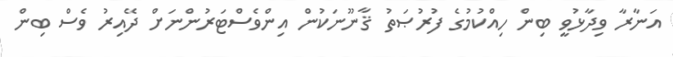
އަނާރާ ވިދާޅުވީ ބިން ހިއްކުމުގެ ފުރުޞަތު ޤާނޫނަކުން އިންވެސްޓަރުންނަށް ދޭއިރު ވެސް ބިން